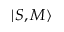
\lvert S , M \rangle